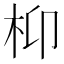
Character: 枊